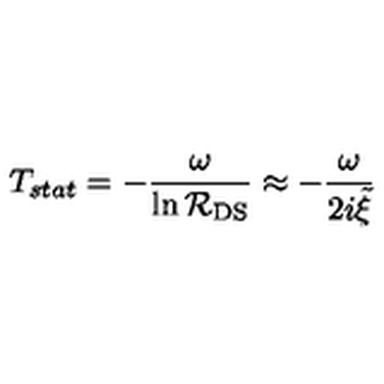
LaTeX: T _ { s t a t } = - \frac { \omega } { \ln { \cal R } _ { \mathrm { D S } } } \approx - \frac { \omega } { 2 i { \tilde { \xi } } }